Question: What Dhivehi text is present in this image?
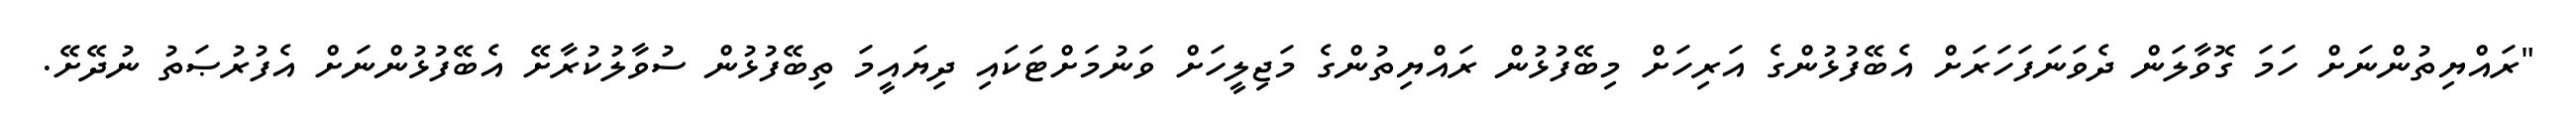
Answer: "ރައްޔިތުންނަށް ހަމަ ގޮވާލަން ދެވަނަފަހަރަށް އެބޭފުޅުންގެ އަރިހަށް މިބޭފުޅުން ރައްޔިތުންގެ މަޖިލީހަށް ވަނުމަށްޓަކައި ދިޔައީމަ ތިބޭފުޅުން ސުވާލުކުރާށޭ އެބޭފުޅުންނަށް އެފުރުޞަތު ނުދޭށޭ.